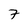
Character: 7